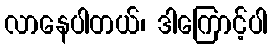
လာနေပါတယ်၊ ဒါကြောင့်ပါ